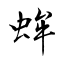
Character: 蛑